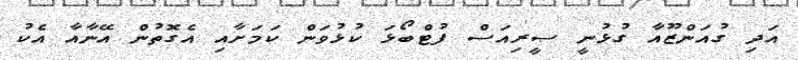
އަދި ގުއަންޒޫއާ ގުޅުނީ ސީރިއަސް ފުޓްބޯޅަ ކުޅުވަން ކަމަށާއި އެގޮތުން އޭނާއާ އެކު